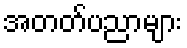
အတတ်ပညာများ